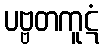
ပဗ္ဗတကူဋံ